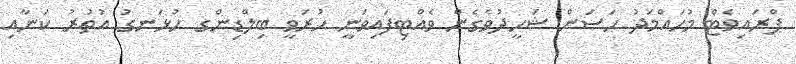
ޕްރައިވެޓް މުހައްމަދު ހަސަން ޝަހީދުވެގެން ވެއްޓިފައިވަނީ ހުރަވީ ބިލްޑިންގ ހުޅަނގު އުތުރު ކަނާއި